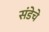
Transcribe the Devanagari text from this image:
संडेचे